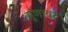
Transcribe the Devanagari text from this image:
गुणावर